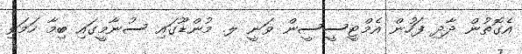
އެގޮތުން ދާދި ފަހުން އެމްޓީސީސީން ވަނީ ލ. މުންޑޫގައި ސުނާމީގައި ބިމާ ހަމަވި